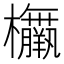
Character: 𣡅